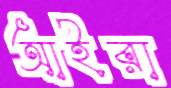
আইরা